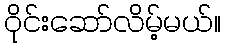
ဝိုင်းဆော်လိမ့်မယ်။